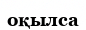
оқылса